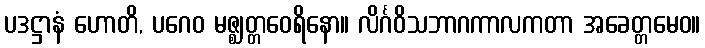
ပဒဋ္ဌာနံ ဟောတိ, ပဂေဝ မဇ္ဈတ္တဝေရိနော။ လိင်္ဂဝိသဘာဂကာလကတာ အခေတ္တမေဝ။